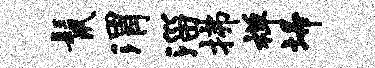
鬣渭淄拂禅埽